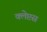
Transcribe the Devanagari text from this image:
क्लेप्टस